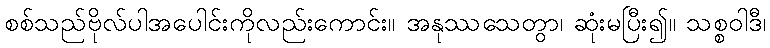
စစ်သည်ဗိုလ်ပါအပေါင်းကိုလည်းကောင်း။ အနုဿသေတွာ၊ ဆုံးမပြီး၍။ သစ္စဝါဒီ၊